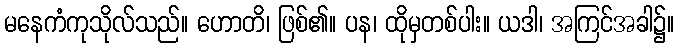
မနေကံကုသိုလ်သည်။ ဟောတိ၊ ဖြစ်၏။ ပန၊ ထိုမှတစ်ပါး။ ယဒါ၊ အကြင်အခါ၌။